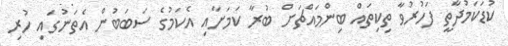
ކުޑަކަމުދާތީ ފަހުރުވާ ތިކިތައް ބިންމައްޗަށް ބުރާ ކަމަށާއި އެކަމުގެ ސަބަބުން އެތަނުގައި ހުރި